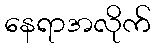
နေရာအလိုက်